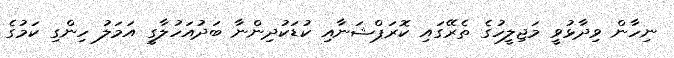
ނިހާން ވިދާޅުވީ މަޖިލީހުގެ ތެރޭގައި ކޮރަޕްޝަނާއި ކުޑަކުދިންނާ ބަދުއަހުލާގީ އަމަލު ހިންގި ކަމުގެ